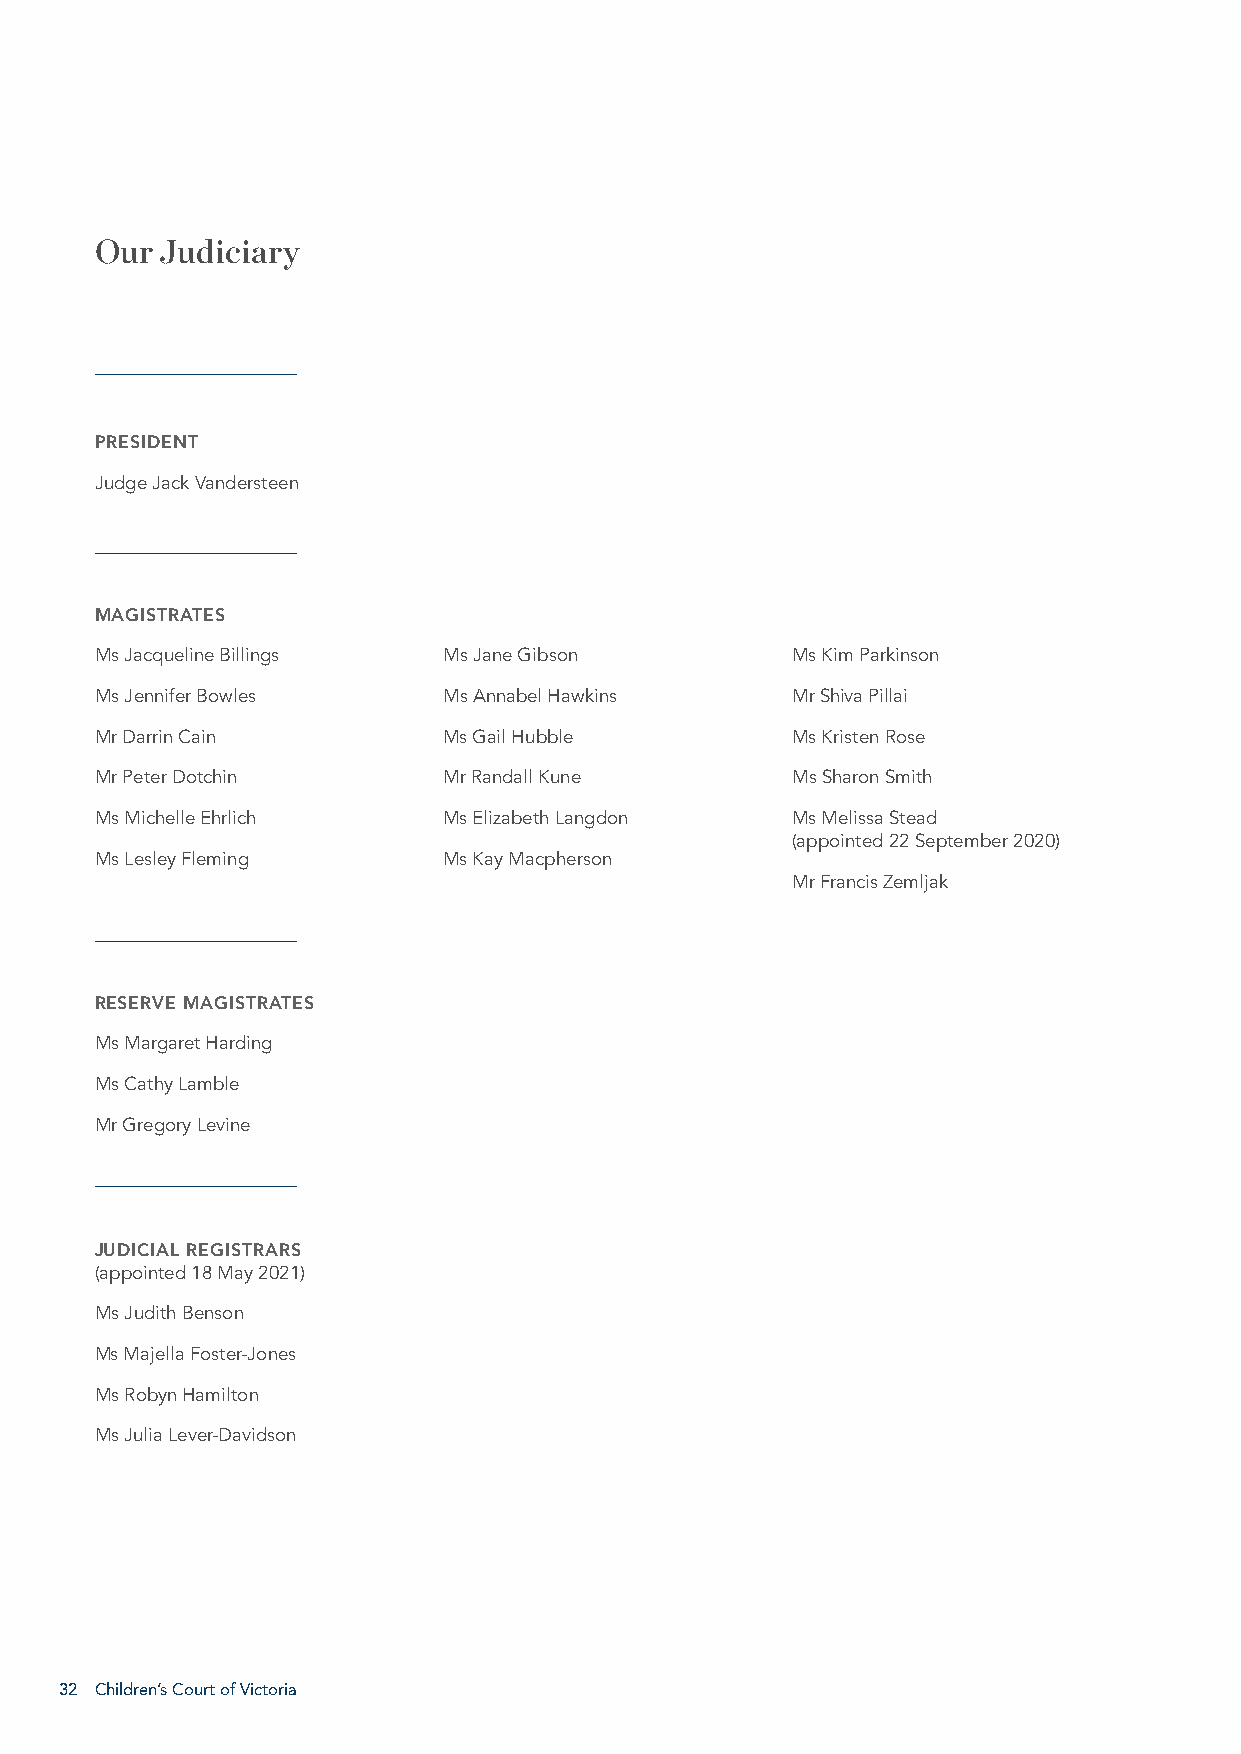
Our  Judiciary
 PRESIDENT
 Judge Jack Vandersteen
 MAGISTRATES
 Ms Jacqueline Billings Ms Jane Gibson         Ms Kim Parkinson
 Ms Jennifer Bowles     Ms Annabel Hawkins     Mr Shiva Pillai
 Mr Darrin Cain         Ms Gail Hubble         Ms Kristen Rose
 Mr Peter Dotchin       Mr Randall Kune        Ms Sharon Smith
 Ms Michelle Ehrlich    Ms Elizabeth Langdon   Ms Melissa Stead
 (appointed 22 September 2020)
 Ms Lesley Fleming      Ms Kay Macpherson
 Mr Francis Zemljak
 RESERVE MAGISTRATES
 Ms Margaret Harding
 Ms Cathy Lamble
 Mr Gregory Levine
 JUDICIAL REGISTRARS
 (appointed 18 May 2021)
 Ms Judith Benson
 Ms Majella Foster-Jones
 Ms Robyn Hamilton
 Ms Julia Lever-Davidson
 32 Children’s Court of Victoria